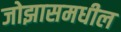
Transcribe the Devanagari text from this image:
जोझासमधील